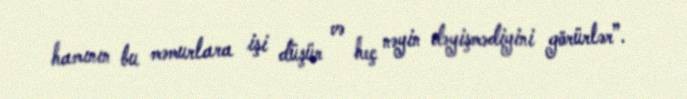
hamının bu məmurlara işi düşür və heç nəyin dəyişmədiyini görürlər”.